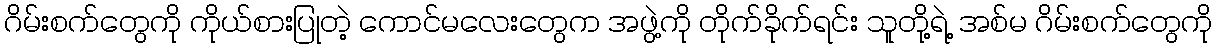
ဂိမ်းစက်တွေကို ကိုယ်စားပြုတဲ့ ကောင်မလေးတွေက အဖွဲ့ကို တိုက်ခိုက်ရင်း သူတို့ရဲ့ အစ်မ ဂိမ်းစက်တွေကို